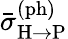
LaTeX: \bar{\sigma}_{\mathrm{H}\rightarrow\mathrm{P}}^{\mathrm{(ph)}}